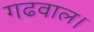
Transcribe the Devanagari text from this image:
गढवाल।